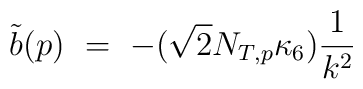
\tilde{b}(p)\ =\ -(\sqrt{2}N_{T,p}\kappa_6)\frac{1}{k^2}